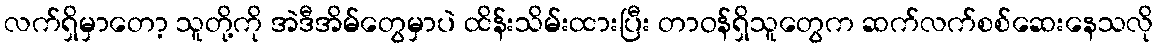
လက်ရှိမှာတော့ သူတို့ကို အဲဒီအိမ်တွေမှာပဲ ထိန်းသိမ်းထားပြီး တာဝန်ရှိသူတွေက ဆက်လက်စစ်ဆေးနေသလို